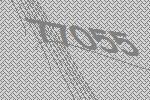
77055